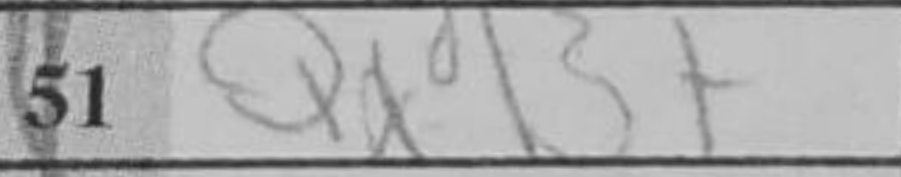
Transcription: QxB+